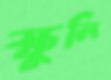
স্কুলি